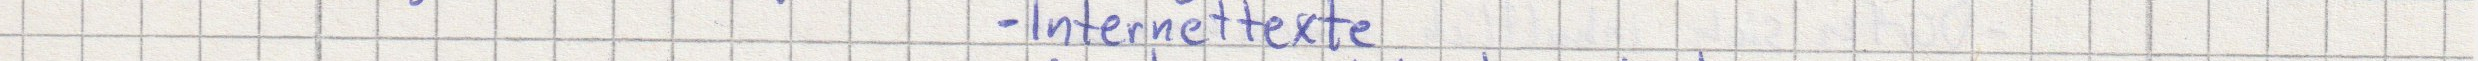
- Internettexte